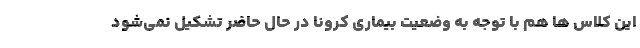
این کلاس ها هم با توجه به وضعیت بیماری کرونا در حال حاضر تشکیل نمی‌شود